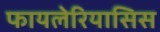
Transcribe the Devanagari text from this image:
फायलेरियासिस